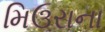
મિઉરાના